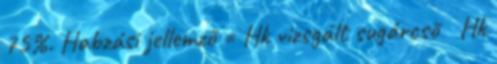
75%. Habzási jellemzõ = Hk vizsgált sugárcsõ Hk